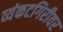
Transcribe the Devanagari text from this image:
व्यंकटगिरीवर